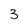
Character: 3